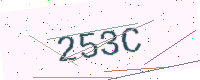
Text: 253C